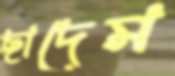
ছাদেম